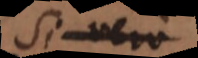
si vero